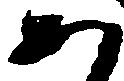
あ